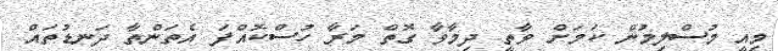
މިއީ މުސްލިމުން ކަމަށް ވާތީ ދިމާވާ ގޮތް މަރާ ހުސްކޮއްފަ އެތަންތާ ދަނޑުތައް